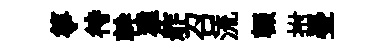
箏待幹雅舴召流輟拊瑩